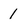
Character: 1